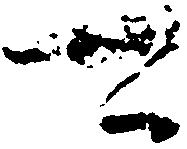
可